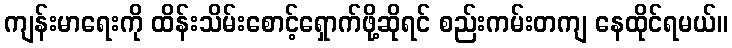
ကျန်းမာရေးကို ထိန်းသိမ်းစောင့်ရှောက်ဖို့ဆိုရင် စည်းကမ်းတကျ နေထိုင်ရမယ်။